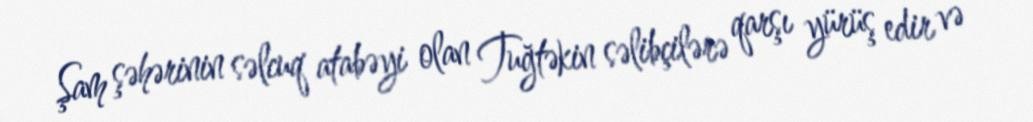
Şam şəhərinin səlcuq atabəyi olan Tuğtəkin səlibçilərə qarşı yürüş edir və